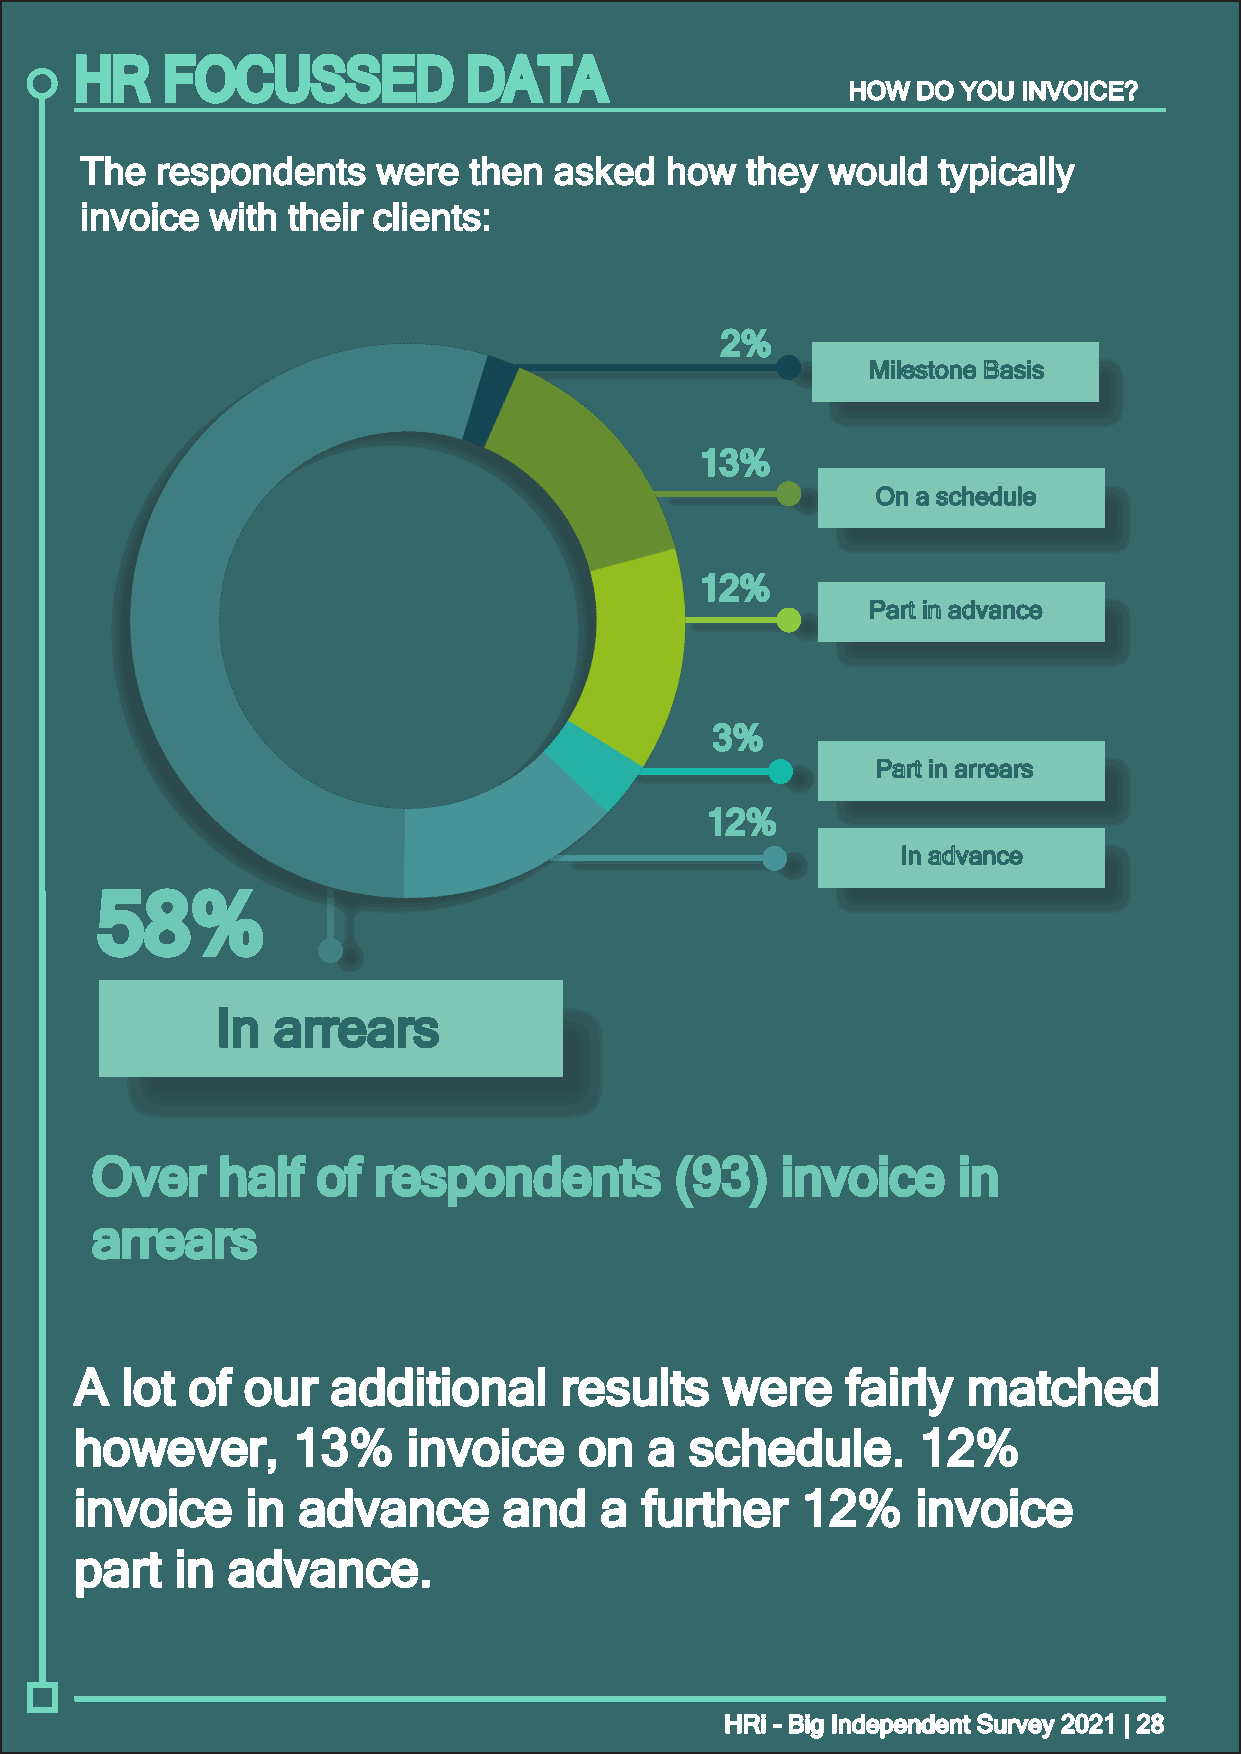
HR    FOCUSSED            DATA
 HHOOWW DDOO YYOOUU IINNVVOOIICCEE??
 TThhee rreessppoonnddeennttss wweerree tthheenn aasskkeedd hhooww tthheeyy wwoouulldd ttyyppiiccaallllyy
 iinnvvooiiccee wwiitthh tthheeiirr cclliieennttss::
 22%%
 MMiilleessttoonnee BBaassiiss
 1133%%
 OOnn aa sscchheedduullee
 1122%%
 PPaarrtt iinn aaddvvaannccee
 33%%
 PPaarrtt iinn aarrrreeaarrss
 1122%%
 IInn aaddvvaannccee
 5588%%
 IInn aarrrreeaarrss
 OOvveerr hhaallff ooff rreessppoonnddeennttss ((9933)) iinnvvooiiccee iinn
 aarrrreeaarrss
 AA lloott ooff oouurr aaddddiittiioonnaall rreessuullttss wweerree ffaaiirrllyy mmaattcchheedd
 hhoowweevveerr,, 1133%% iinnvvooiiccee oonn aa sscchheedduullee.. 1122%%
 iinnvvooiiccee iinn aaddvvaannccee aanndd aa ffuurrtthheerr 1122%% iinnvvooiiccee
 ppaarrtt iinn aaddvvaannccee..
 HHRRii -- BBiigg IInnddeeppeennddeenntt SSuurrvveeyy 22002211 || 2288